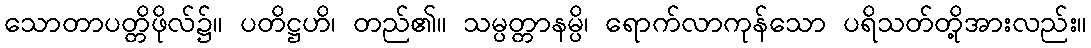
သောတာပတ္တိဖိုလ်၌။ ပတိဋ္ဌဟိ၊ တည်၏။ သမ္ပတ္တာနမ္ပိ၊ ရောက်လာကုန်သော ပရိသတ်တို့အားလည်း။